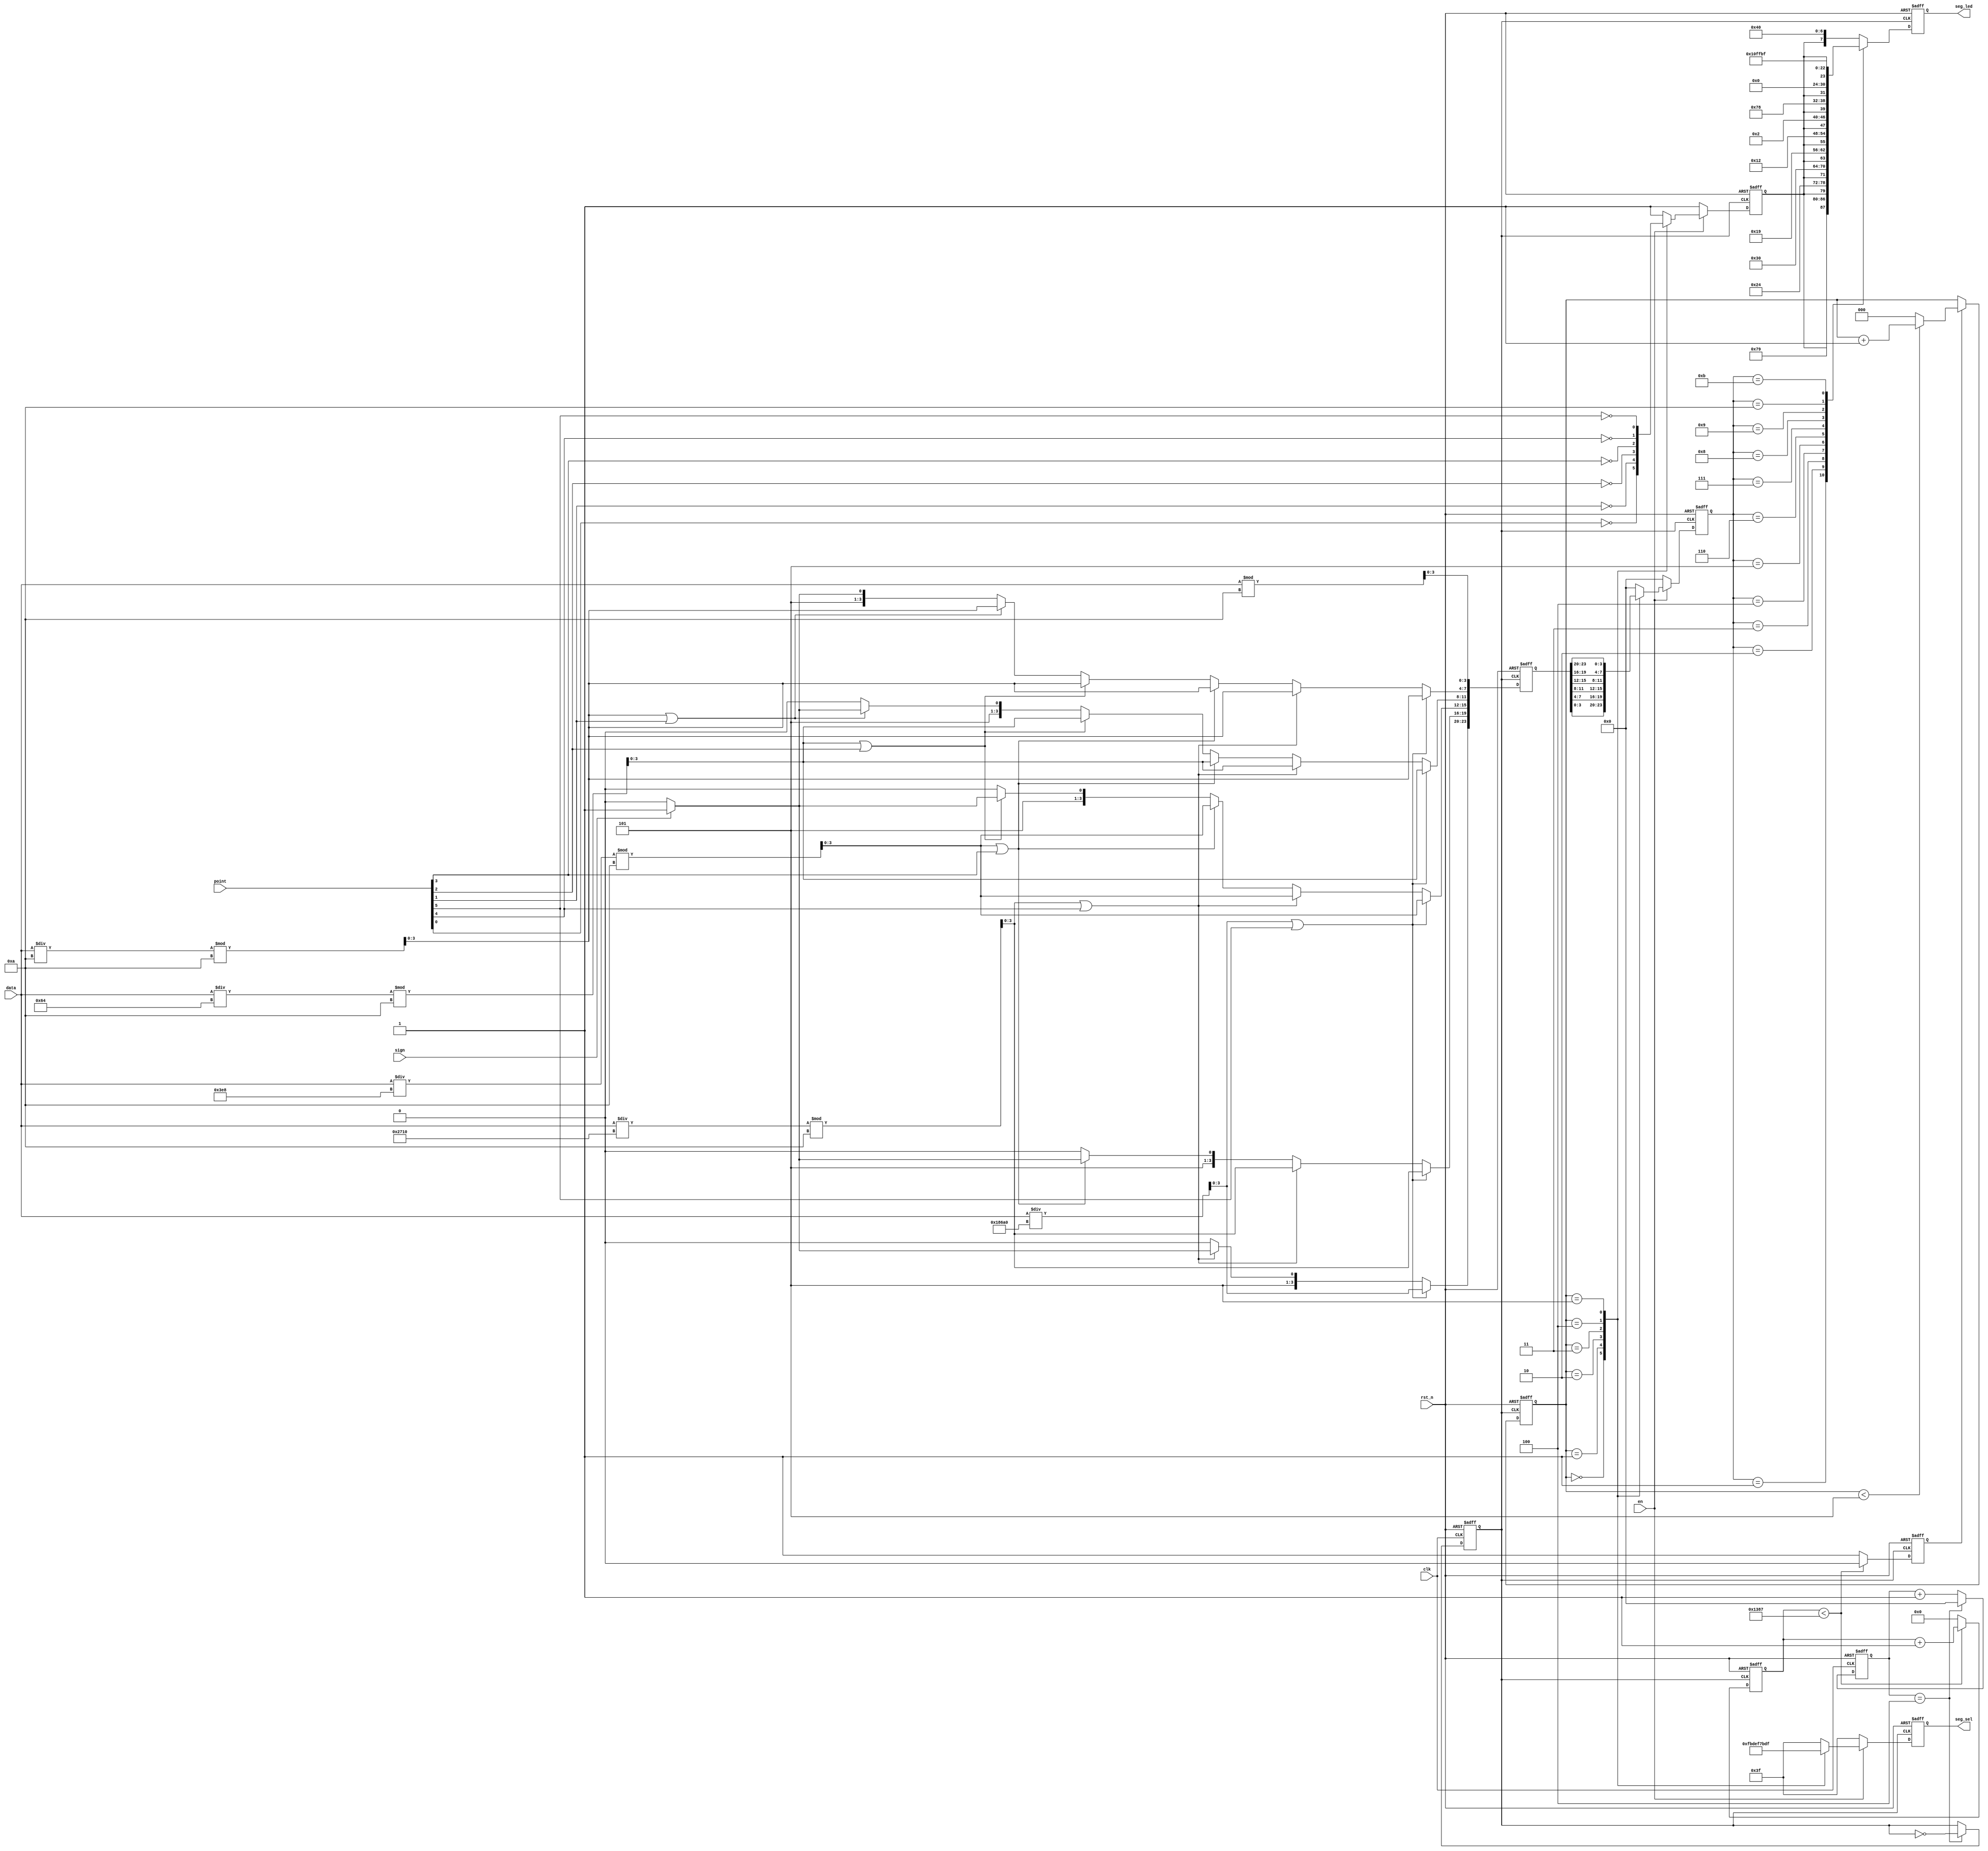
//****************************************Copyright (c)***********************************//                            
//----------------------------------------------------------------------------------------
// File name:          seg_led
// Last modified Date:  2021/6/10 11:28:58
// Last Version:        V1.0
// Descriptions:        sobel
//----------------------------------------------------------------------------------------
// Created date:        2021/6/10 11:28:58
// Version:             V1.0
// Descriptions:        
//
//----------------------------------------------------------------------------------------
//****************************************************************************************//


module seg_led(
    input                   clk    ,        // 
    input                   rst_n  ,        // 

    input         [19:0]    data   ,        // 6
    input         [5:0]     point  ,        // ,,
    input                   en     ,        // 
    input                   sign   ,        // -

    output   reg  [5:0]     seg_sel,        // 
    output   reg  [7:0]     seg_led         // 
    );

//parameter define
localparam  CLK_DIVIDE = 4'd10     ;        // 
localparam  MAX_NUM    = 13'd5000  ;        // (5MHz)1ms

//reg define
reg    [ 3:0]             clk_cnt  ;        // 
reg                       dri_clk  ;        // ,5MHz
reg    [23:0]             num      ;        // 24bcd
reg    [12:0]             cnt0     ;        // 
reg                       flag     ;        // cnt01ms
reg    [2:0]              cnt_sel  ;        // 
reg    [3:0]              num_disp ;        // 
reg                       dot_disp ;        // 

//wire define
wire   [3:0]              data0    ;        // 
wire   [3:0]              data1    ;        // 
wire   [3:0]              data2    ;        // 
wire   [3:0]              data3    ;        // 
wire   [3:0]              data4    ;        // 
wire   [3:0]              data5    ;        // 

//*****************************************************
//**                    main code
//*****************************************************

//
assign  data0 = data % 4'd10;               // 
assign  data1 = data / 4'd10 % 4'd10   ;    // 
assign  data2 = data / 7'd100 % 4'd10  ;    // 
assign  data3 = data / 10'd1000 % 4'd10 ;   // 
assign  data4 = data / 14'd10000 % 4'd10;   // 
assign  data5 = data / 17'd100000;          // 

//105MHzdri_clk
always @(posedge clk or negedge rst_n) begin
   if(!rst_n) begin
       clk_cnt <= 4'd0;
       dri_clk <= 1'b1;
   end
   else if(clk_cnt == CLK_DIVIDE/2 - 1'd1) begin
       clk_cnt <= 4'd0;
       dri_clk <= ~dri_clk;
   end
   else begin
       clk_cnt <= clk_cnt + 1'b1;
       dri_clk <= dri_clk;
   end
end

//2028421bcd(41
always @ (posedge dri_clk or negedge rst_n) begin
    if (!rst_n)
        num <= 24'b0;
    else begin
        if (data5 || point[5]) begin     //6
            num[23:20] <= data5;         //6
            num[19:16] <= data4;
            num[15:12] <= data3;
            num[11:8]  <= data2;
            num[ 7:4]  <= data1;
            num[ 3:0]  <= data0;
        end
        else begin                         
            if (data4 || point[4]) begin //55
                num[19:0] <= {data4,data3,data2,data1,data0};
                if(sign)                    
                    num[23:20] <= 4'd11; //6
                else
                    num[23:20] <= 4'd10; //6
            end
            else begin                   //44
                if (data3 || point[3]) begin
                    num[15: 0] <= {data3,data2,data1,data0};
                    num[23:20] <= 4'd10; //6
                    if(sign)             //5
                        num[19:16] <= 4'd11;
                    else                 //5
                        num[19:16] <= 4'd10;
                end
                else begin               //33
                    if (data2 || point[2]) begin
                        num[11: 0] <= {data2,data1,data0};
                                         //65
                        num[23:16] <= {2{4'd10}};
                        if(sign)         //4
                            num[15:12] <= 4'd11;
                        else             //4
                            num[15:12] <= 4'd10;
                    end
                    else begin           //22
                        if (data1 || point[1]) begin
                            num[ 7: 0] <= {data1,data0};
                                         //654
                            num[23:12] <= {3{4'd10}};
                            if(sign)     //3
                                num[11:8]  <= 4'd11;
                            else         //3
                                num[11:8] <=  4'd10;
                        end
                        else begin       //1
                            num[3:0] <= data0;
                                         //65
                            num[23:8] <= {4{4'd10}};
                            if(sign)     //2
                                num[7:4] <= 4'd11;
                            else         //2
                                num[7:4] <= 4'd10;
                        end
                    end
                end
            end
        end
    end
end

//1ms
always @ (posedge dri_clk or negedge rst_n) begin
    if (rst_n == 1'b0) begin
        cnt0 <= 13'b0;
        flag <= 1'b0;
     end
    else if (cnt0 < MAX_NUM - 1'b1) begin
        cnt0 <= cnt0 + 1'b1;
        flag <= 1'b0;
     end
    else begin
        cnt0 <= 13'b0;
        flag <= 1'b1;
     end
end

//cnt_sel05
always @ (posedge dri_clk or negedge rst_n) begin
    if (rst_n == 1'b0)
        cnt_sel <= 3'b0;
    else if(flag) begin
        if(cnt_sel < 3'd5)
            cnt_sel <= cnt_sel + 1'b1;
        else
            cnt_sel <= 3'b0;
    end
    else
        cnt_sel <= cnt_sel;
end

//6
always @ (posedge dri_clk or negedge rst_n) begin
    if(!rst_n) begin
        seg_sel  <= 6'b111111;              //
        num_disp <= 4'b0;           
        dot_disp <= 1'b1;                   //
    end
    else begin
        if(en) begin
            case (cnt_sel)
                3'd0 :begin
                    seg_sel  <= 6'b111110;  //
                    num_disp <= num[3:0] ;  //
                    dot_disp <= ~point[0];  //
                end
                3'd1 :begin
                    seg_sel  <= 6'b111101;  //1
                    num_disp <= num[7:4] ;
                    dot_disp <= ~point[1];
                end
                3'd2 :begin
                    seg_sel  <= 6'b111011;  //2
                    num_disp <= num[11:8];
                    dot_disp <= ~point[2];
                end
                3'd3 :begin
                    seg_sel  <= 6'b110111;  //3
                    num_disp <= num[15:12];
                    dot_disp <= ~point[3];
                end
                3'd4 :begin
                    seg_sel  <= 6'b101111;  //4
                    num_disp <= num[19:16];
                    dot_disp <= ~point[4];
                end
                3'd5 :begin
                    seg_sel  <= 6'b011111;  //
                    num_disp <= num[23:20];
                    dot_disp <= ~point[5];
                end
                default :begin
                    seg_sel  <= 6'b111111;
                    num_disp <= 4'b0;
                    dot_disp <= 1'b1;
                end
            endcase
        end
        else begin
            seg_sel  <= 6'b111111;          //0
            num_disp <= 4'b0;
            dot_disp <= 1'b1;
        end
    end
end

//
always @ (posedge dri_clk or negedge rst_n) begin
    if (!rst_n)
        seg_led <= 8'hc0;
    else begin
        case (num_disp)
            4'd0 : seg_led <= {dot_disp,7'b1000000}; // 0
            4'd1 : seg_led <= {dot_disp,7'b1111001}; // 1
            4'd2 : seg_led <= {dot_disp,7'b0100100}; // 2
            4'd3 : seg_led <= {dot_disp,7'b0110000}; // 3
            4'd4 : seg_led <= {dot_disp,7'b0011001}; // 4
            4'd5 : seg_led <= {dot_disp,7'b0010010}; // 5
            4'd6 : seg_led <= {dot_disp,7'b0000010}; // 6
            4'd7 : seg_led <= {dot_disp,7'b1111000}; // 7
            4'd8 : seg_led <= {dot_disp,7'b0000000}; // 8
            4'd9 : seg_led <= {dot_disp,7'b0010000}; // 9
            4'd10: seg_led <= 8'b11111111;           //
            4'd11: seg_led <= 8'b10111111;           //(-)
            default: 
                   seg_led <= {dot_disp,7'b1000000};
        endcase
    end
end

endmodule